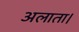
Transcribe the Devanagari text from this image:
अलाता।